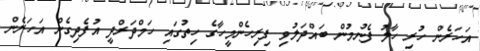
އަހަރެން ހުރި ހާލު ފެނުމުން ބައްދަލުވި ފިރިހެންމީހާގެ ހިތުގައި ހަމްދަރްދީ އުފެދިގެން އަހަރެން